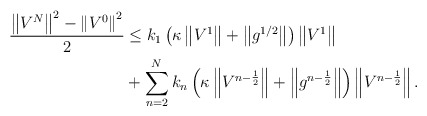
\begin{align*} \frac{\left\|V^{N}\right\|^2- \left\|V^{0}\right\|^2}{2} & \leq k_1 \left( \kappa\left\|V^{1}\right\| + \left\|g^{1/2}\right\| \right) \left\|V^{1}\right\| \\ & + \sum\limits_{n=2}^{N}k_n \left( \kappa \left\|V^{n-\frac{1}{2}}\right\| + \left\|g^{n-\frac{1}{2}}\right\| \right) \left\|V^{n-\frac{1}{2}}\right\|. \end{align*}